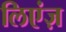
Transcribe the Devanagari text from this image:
लिएंज़